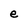
Character: e